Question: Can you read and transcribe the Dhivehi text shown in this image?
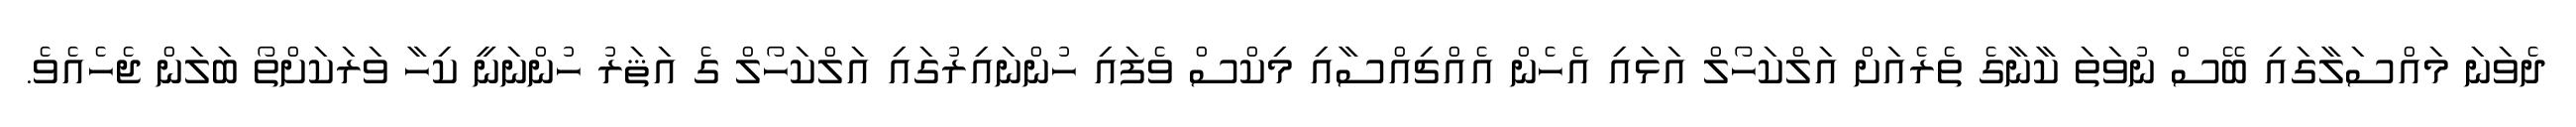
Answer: ދެވަނަ މައްސަލާގައި ބޭސް ނުވަތަ ކާނާގެ ތެރެއަށް އަލްކަހޯލް އަޅައި އެހެން އެއްޗިއްސާއި މިކްސް ވެފައި ހުންނައިރުގައި އަލްކަހޯލް ގެ އަޘަރު ހުންނަނީ ކިހާ ވަރަކަށްތޯ ބަލަން ޖެހެއެވެ.